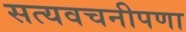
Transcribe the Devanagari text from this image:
सत्यवचनीपणा